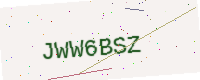
Text: JWW6BSZ